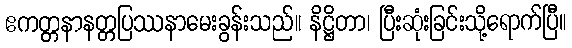
ဧကတ္တနာနတ္တပြဿနာမေးခွန်းသည်။ နိဋ္ဌိတာ၊ ပြီးဆုံးခြင်းသို့ရောက်ပြီ။